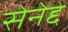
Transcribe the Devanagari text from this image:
सेनेद्द